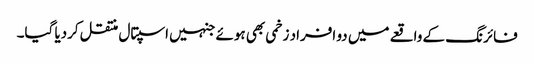
فائرنگ کے واقعے میں دو افراد زخمی بھی ہوئے جنہیں اسپتال منتقل کردیا گیا۔